Annual report on the Civil Veterinary Department, Burma (including the Insein Veterinary School) - 1923-1931
Year: 1923
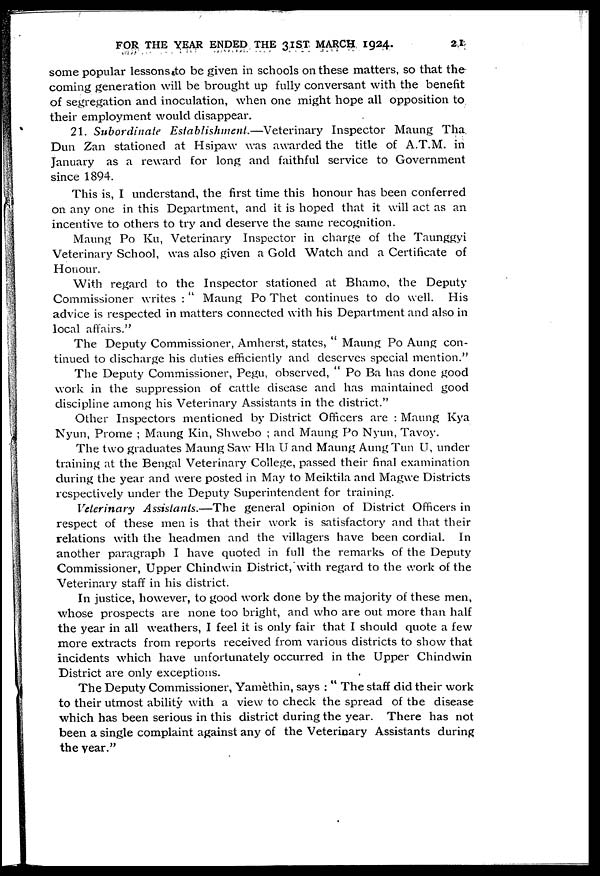
FOR THE YEAR ENDED THE 31ST MARCH 1924.
21
some popular lessonst to be given in schools on these matters, so that the
coming generation will be brought up fully conversant with the benefit
of segregation and inoculation, when one might hope all opposition to
their employment would disappear.
21. Subordinate
Establishment.—Veterinary
Inspector Maung Tha
Dun Zan stationed at Hsipaw was awarded the title of A.T.M. in
January as a reward for long and faithful service to Government
since 1894.
This is, I understand, the first time this honour has been conferred
on any one in this Department, and it is hoped that it will act as an
incentive to others to try and deserve the same recognition.
Maung Po Ku, Veterinary Inspector in charge of the Taunggyi
Veterinary School, was also given a Gold Watch and a Certificate of
Honour.
With regard to the Inspector stationed at Bhamo, the Deputy
Commissioner writes : " Maung Po Thet continues to do well. His
advice is respected in matters connected with his Department and also in
local affairs."
The Deputy Commissioner, Amherst, states, " Maung Po Aung con-
tinued to discharge his duties efficiently and deserves special mention."
The Deputy Commissioner, Pegu, observed, " Po Ba has done good
work in the suppression of cattle disease and has maintained good
discipline among his Veterinary Assistants in the district."
Other Inspectors mentioned by District Officers are : Maung Kya
Nyun, Prome ; Maung Kin, Shwebo ; and Maung Po Nyun, Tavoy.
The two graduates Maung Saw Hla U and Maung Aung Tun U, under
training at the Bengal Veterinary College, passed their final examination
during the year and were posted in May to Meiktila and Magwe Districts
respectively under the Deputy Superintendent for training.
Veterinary Assistants.—The
general opinion of District Officers in
respect of these men is that their work is satisfactory and that their
relations with the headmen and the villagers have been cordial. In
another paragraph I have quoted in full the remarks of the Deputy
Commissioner, Upper Chindwin District, with regard to the work of the
Veterinary staff in his district.
In justice, however, to good work done by the majority of these men,
whose prospects are none too bright, and who are out more than half
the year in all weathers, I feel it is only fair that I should quote a few
more extracts from reports received from various districts to show that
incidents which have unfortunately occurred in the Upper Chindwin
District are only exceptions.
The Deputy Commissioner, Yamethin, says : " The staff did their work
to their utmost ability with a view to check the spread of the disease
which has been serious in this district during the year. There has not
been a single complaint against any of the Veterinary Assistants during
the year."